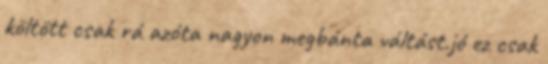
költött csak rá azóta nagyon megbánta váltást.jó ez csak